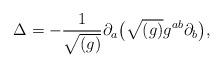
LaTeX: \begin{align*}\Delta = - \frac{1}{\sqrt{(g)}} \partial _{a} \bigl( \sqrt{(g)} g^{ab} \partial _{b} \bigr),\end{align*}